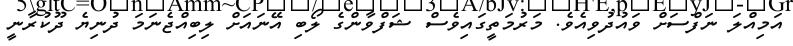
އަމިއްލަ ނަފްސަށް ވައުދުވިއެވެ. މަރުމަތީގައިވެސް ޝަފްވާންގެ ލޯބި އޭނައަށް ލިބިއްޖެނަމަ ދުނިޔެ ދޫކުރާނީ